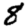
Digit: 8